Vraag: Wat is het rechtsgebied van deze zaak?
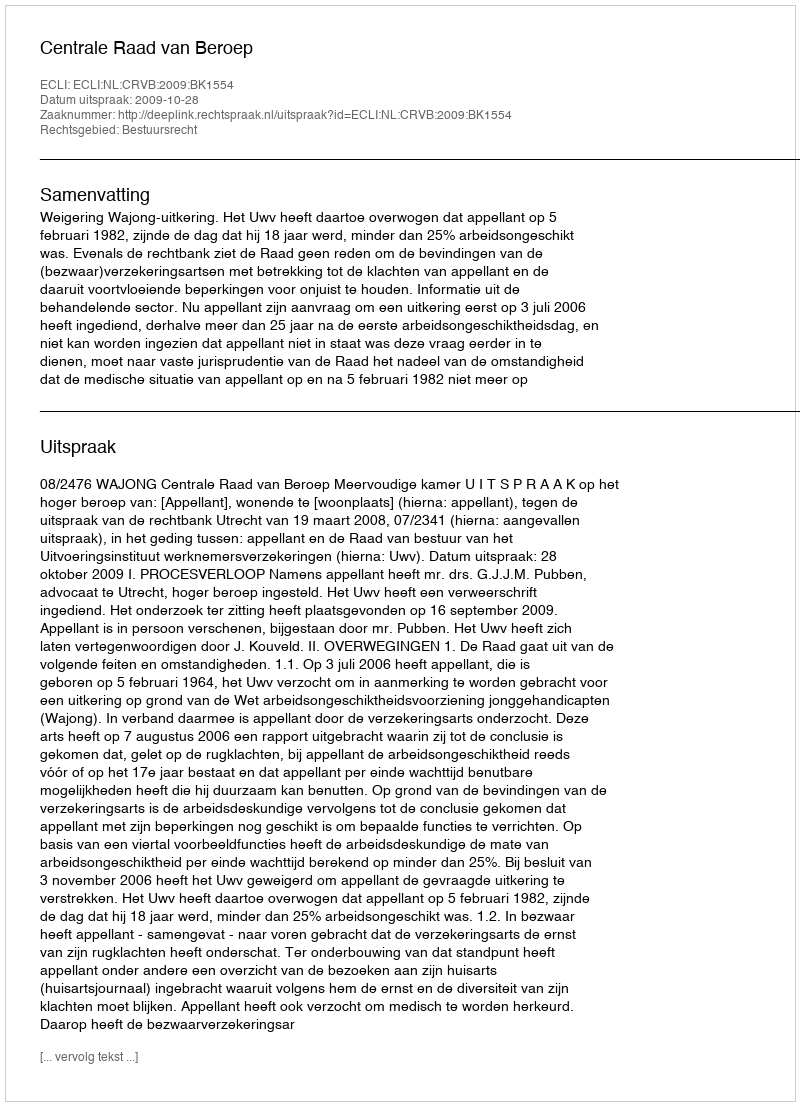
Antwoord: Bestuursrecht